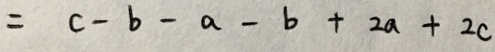
= c - b - a - b + 2 a + 2 c